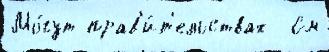
Мо́гут прав'и́т'ельствах  См